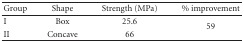
<table><thead><tr><td><b> Group</b></td><td><b>Shape</b></td><td><b>Strength (MPa)</b></td><td><b>% improvement</b></td></tr></thead><tbody><tr><td>I</td><td>Box</td><td>25.6</td><td rowspan="2">59</td></tr><tr><td>II</td><td>Concave</td><td>66</td></tr></tbody></table>